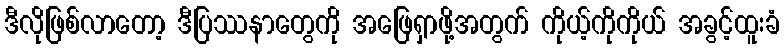
ဒီလိုဖြစ်လာတော့ ဒီပြဿနာတွေကို အဖြေရှာဖို့အတွက် ကိုယ့်ကိုကိုယ် အခွင့်ထူးခံ